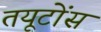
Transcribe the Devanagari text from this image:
तयूटोंस